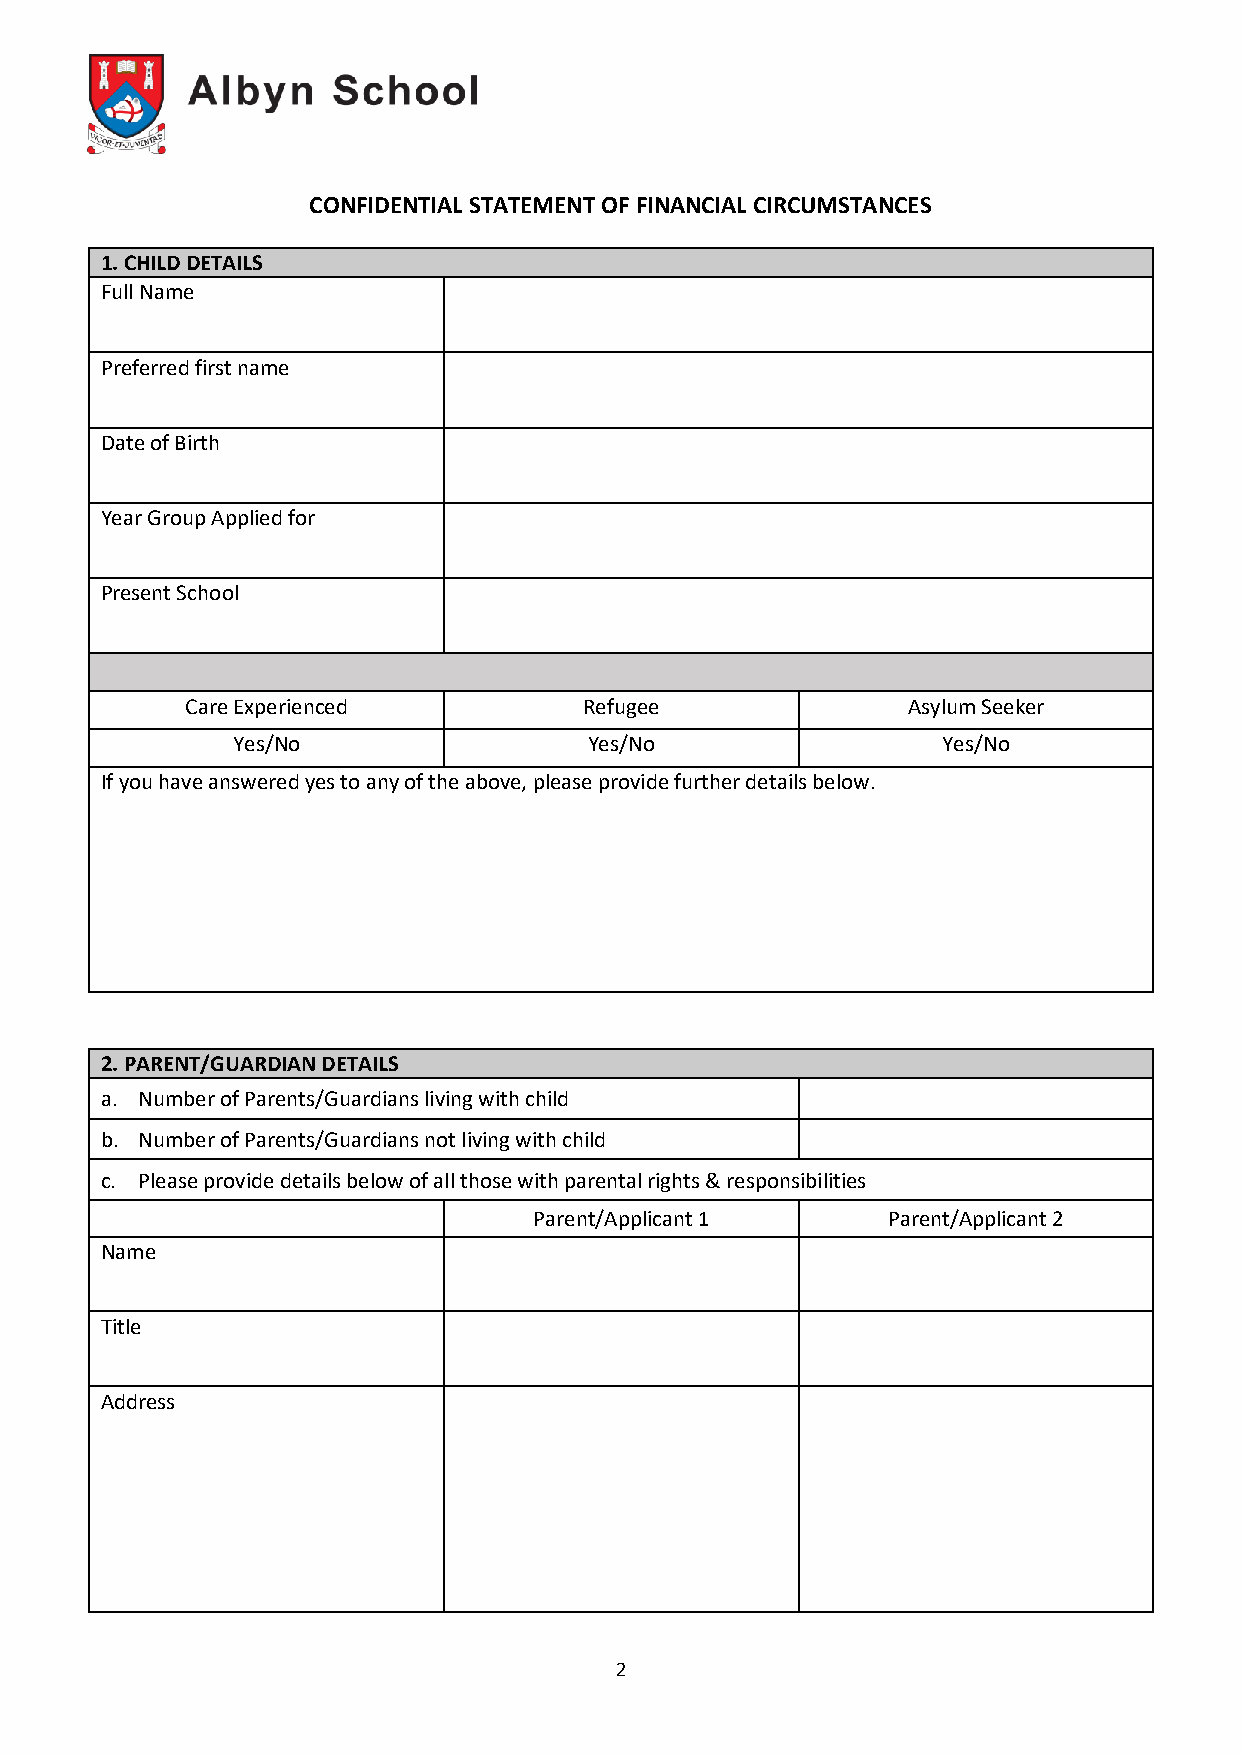
CONFIDENTIAL STATEMENT OF FINANCIAL CIRCUMSTANCES
 1. CHILD DETAILS
 Full Name
 Preferred first name
 Date of Birth
 Year Group Applied for
 Present School
 Care Experienced           Refugee              Asylum Seeker
 Yes/No                  Yes/No                 Yes/No
 If you have answered yes to any of the above, please provide further details below.
 2. PARENT/GUARDIAN DETAILS
 a. Number of Parents/Guardians living with child
 b. Number of Parents/Guardians not living with child
 c. Please provide details below of all those with parental rights & responsibilities
 Parent/Applicant 1      Parent/Applicant 2
 Name
 Title
 Address
 2